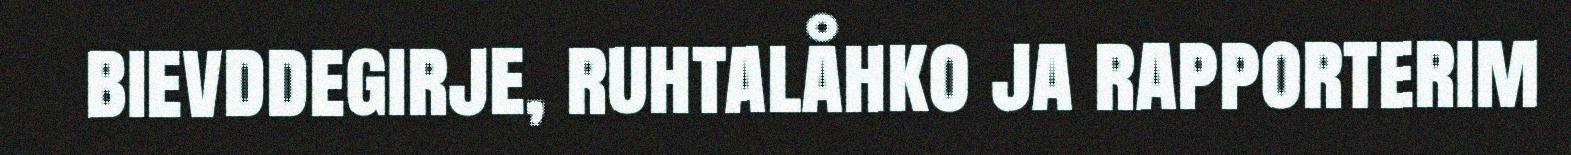
bievddegirje, ruhtalåhko ja rapporterim